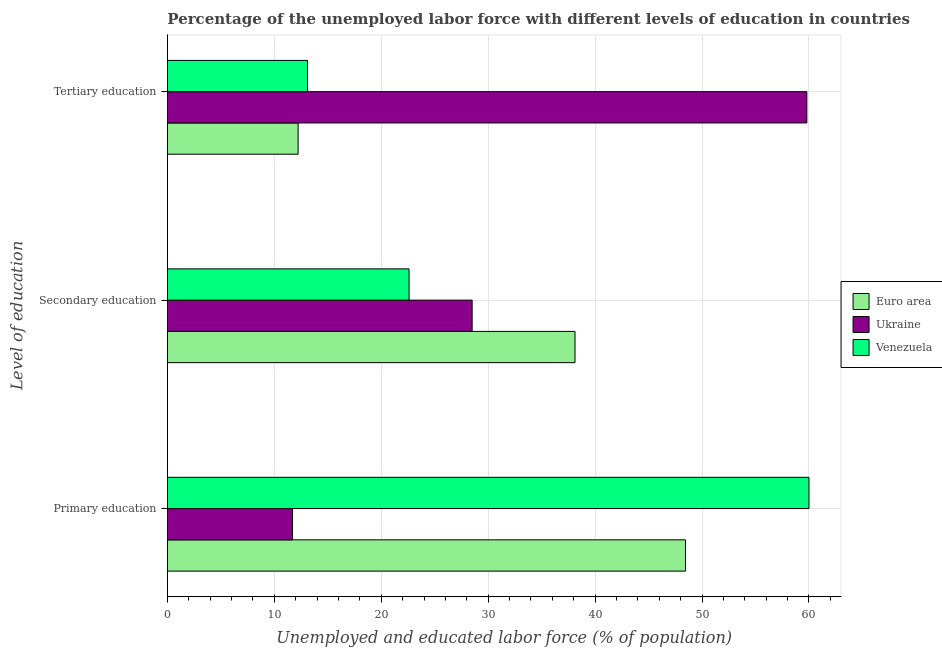
| Level of education | Euro area | Ukraine | Venezuela |
 | --- | --- | --- | --- |
 | Primary education | 48.5 | 11.7 | 60 |
 | Secondary education | 38.1 | 28.5 | 22.6 |
 | Tertiary education | 12.2 | 59.8 | 13.1 |